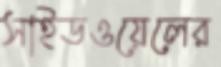
সাইডওয়েলের